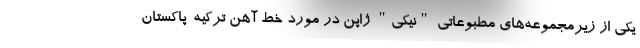
یکی از زیرمجموعه‌های مطبوعاتی "نیکی" ژاپن در مورد خط آهن ترکیه-پاکستان